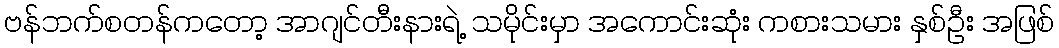
ဗန်ဘက်စတန်ကတော့ အာဂျင်တီးနားရဲ့ သမိုင်းမှာ အကောင်းဆုံး ကစားသမား နှစ်ဦး အဖြစ်